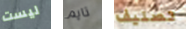
ليست تايم تصنيف